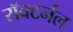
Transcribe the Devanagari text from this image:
रॉक्टर्नल